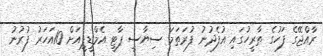
ރާއްޖޭގެ ފަހުގެ ތާރީހުގައި އުފެދުނު ފުރަތަމަ ސިޔާސީ ޕާޓީ އެމްޑީޕީއަށް 10އަހަރު ފުރުނު